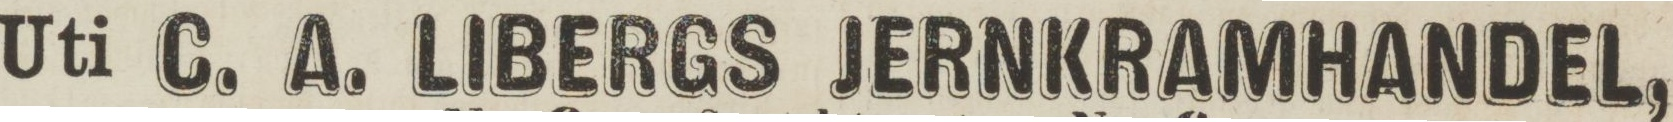
Uti C. A. LIBERGS JERNKRAMHANDEL,